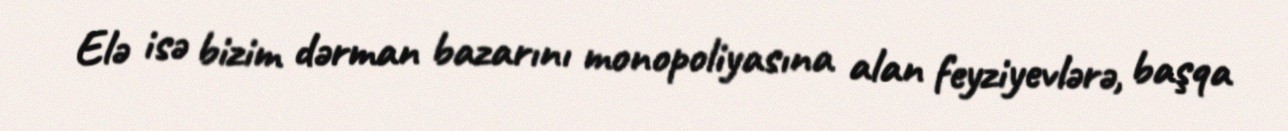
Elə isə bizim dərman bazarını monopoliyasına alan feyziyevlərə, başqa